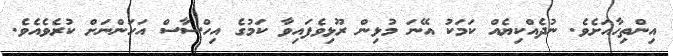
އިންތިހާއަށެވެ. ނުދެއްކިޔެއް ކަމަކު އޭނަ މުޅިން ރޫޅިވެފައިވާ ކަމުގެ އިހްސާސް އަހަންނަށް ކުރެވެއެވެ.